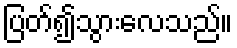
ပြတ်၍သွားလေသည်။